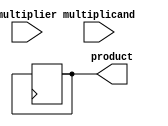
module BoothMultiplier(
    input signed [31:0] multiplicand,
    input signed [31:0] multiplier,
    output reg signed [63:0] product
);

reg signed [31:0] pp[32:0]; // Partial products
reg signed [63:0] sum;
reg [1:0] count;
reg prevBit;
reg signed signedMultiplier;

always @(*) begin
    signedMultiplier = {32'b0, multiplier}; // Sign extend multiplier
end

always @(posedge clk) begin
    if (reset) begin
        count <= 2'b0;
        sum <= 64'b0;
    end else begin
        case (count)
            2'b00: pp[0] <= multiplicand;
            2'b01: pp[0] <= signedMultiplier;
            2'b10: pp[0] <= 32'b0;
            default: pp[count[3:1]] <= pp[count[3:1] - 1] << 1;
        endcase
        
        case (pp[0][1:0])
            2'b10: begin
                sum <= sum + pp[0];
            end
            2'b11: begin
                sum <= sum - pp[0];
            end
            default: begin
                // Do nothing
            end
        endcase
        
        count <= count + 1;

        if (count == 32) begin
            product <= sum;
        end
    end
end

endmodule